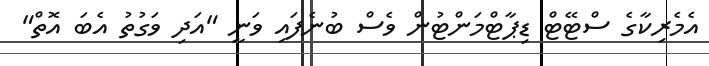
އެމެރިކާގެ ސްޓޭޓް ޑިޕާޓްމަންޓުން ވެސް ބުނެފައި ވަނީ "އަދި ވަގުތު އެބަ އޮތް"